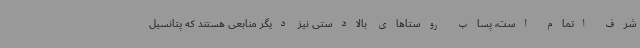
شرف اتمام است، پساب روستاهای بالادستی نیز دیگر منابعی هستند که پتانسیل